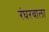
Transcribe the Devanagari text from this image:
रंघरवाला